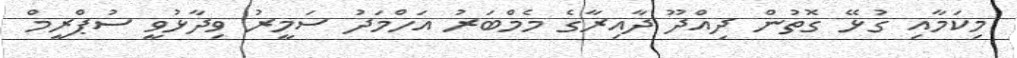
މިކަމާއި ގުޅޭ ގޮތުން ދިއްދޫ ދާއިރާގެ މެމްބަރު އަހްމަދު ސަމީރު ވިދާޅުވީ ސުޕްރީމް